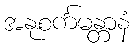
အနုစင်္ကမန္တာနံ